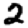
Digit: 2